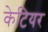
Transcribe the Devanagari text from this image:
केटियर